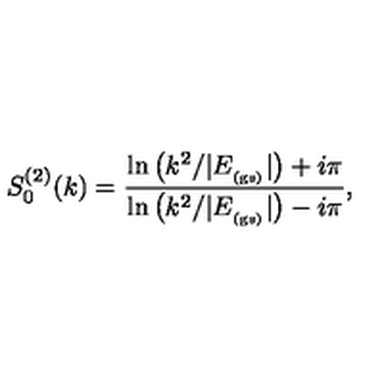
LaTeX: S _ { 0 } ^ { ( 2 ) } ( k ) = \frac { \ln \left( k ^ { 2 } / | E _ { _ \mathrm { ( g s ) } } | \right) + i \pi } { \ln \left( k ^ { 2 } / | E _ { _ \mathrm { ( g s ) } } | \right) - i \pi } ,